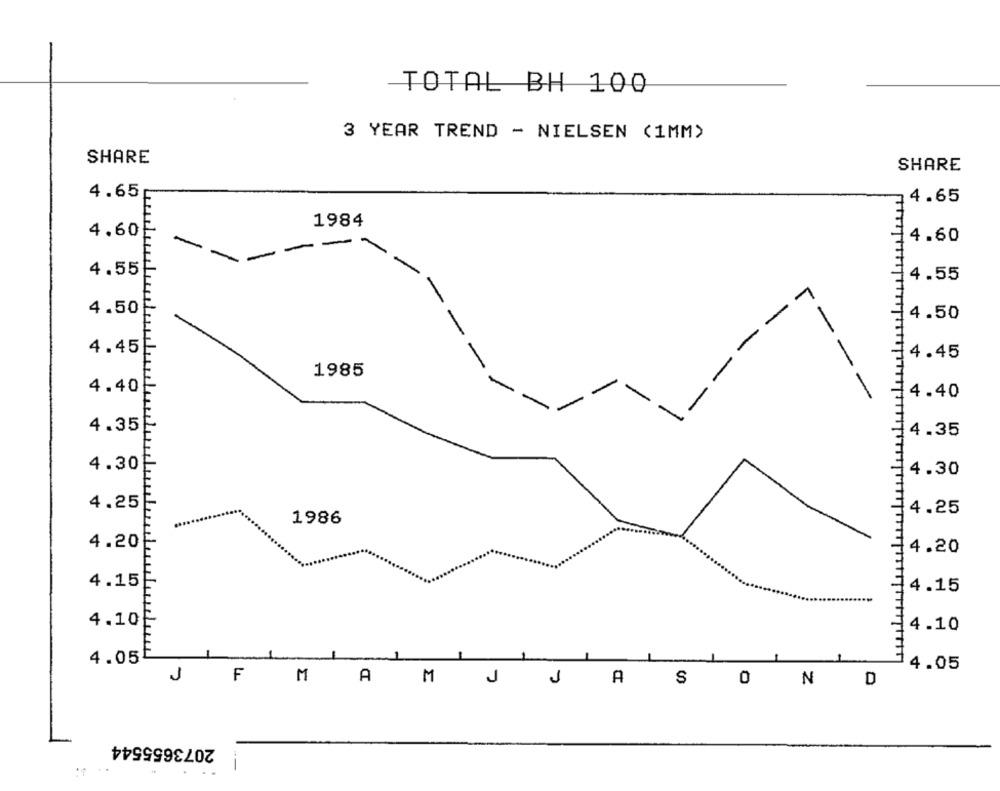
TOTAL BH 100
3 YEAR TREND - NIELSEN (1MM)
SHARE
SHARE
4.65
4.65
1984
4.60
4.60
4.55
4.55
4.50
4.50
-
4.45
4.45
1985
-
4.40
-
--
4.40
4.35
4.35
4.30
4.30
4.25
4.25
1986
4.20
4.20
4.15
4.15
4.10
4.10
4.05
1
4.05
J
F
MAMJ
J
A
S
O N D
2073655544